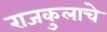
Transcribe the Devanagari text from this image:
राजकुलाचे